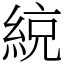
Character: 綂